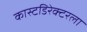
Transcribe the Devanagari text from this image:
कास्टडिरेक्टरला